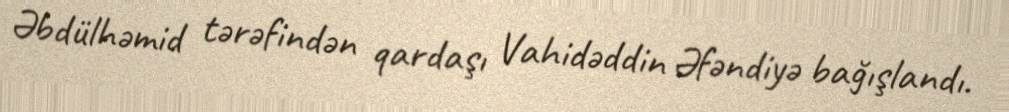
Əbdülhəmid tərəfindən qardaşı Vahidəddin Əfəndiyə bağışlandı.